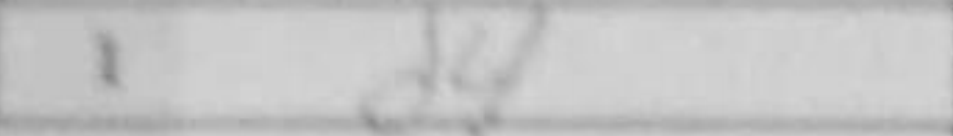
Transcription: d4